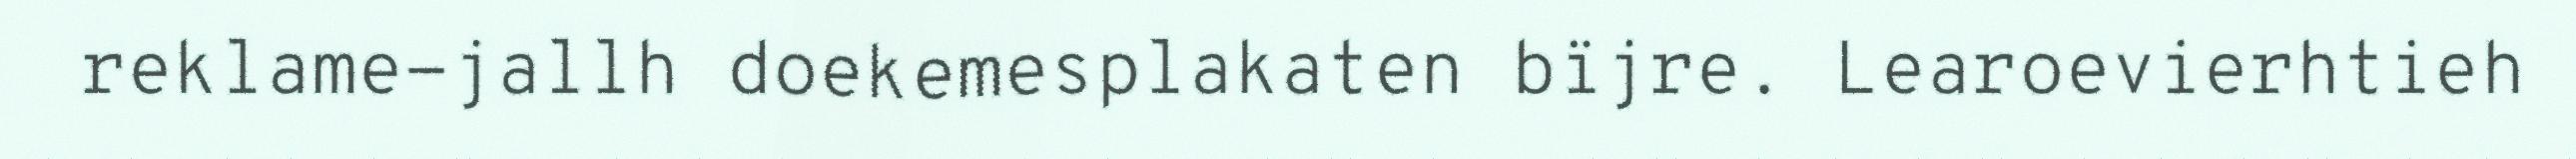
reklame-jallh doekemesplakaten bïjre. Learoevierhtieh